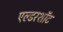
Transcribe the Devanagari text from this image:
एल्डरशॉट